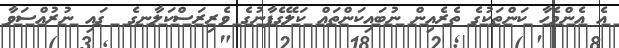
އެ އެންމެހާ ކަންތަކުގެ ތެރެއިން ނުބައިކަންތައް ކަލޭގެފާނުގެ ވެރިރަސްކަލާނގެ  ގައި ނުރުއްސަވާ